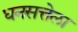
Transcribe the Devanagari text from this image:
धनसत्तेला